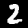
Label: 2